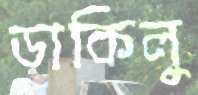
ডাকিলু